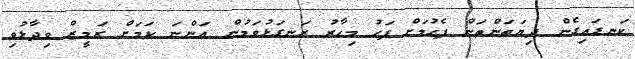
ކަނޑައިގެން ދިޔަތަންތަން ފެހުމަށް ފަހު މިހާރު ރަނގަޅުވަމުން އަންނަ ކަމަށް ރަމީޒް ވިދާޅުވި